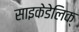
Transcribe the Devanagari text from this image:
साइकेडेलिक्